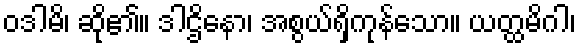
ဝဒါမိ၊ ဆို၏။ ဒါဌိနော၊ အစွယ်ရှိကုန်သော။ ယတ္ထမိဂါ၊